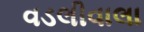
વડલીવાલા